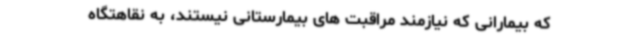
که بیمارانی که نیازمند مراقبت های بیمارستانی نیستند، به نقاهتگاه